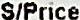
S/PRICE